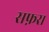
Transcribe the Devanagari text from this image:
सफ़र।